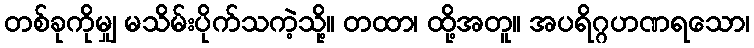
တစ်ခုကိုမျှ မသိမ်းပိုက်သကဲ့သို့။ တထာ၊ ထို့အတူ။ အပရိဂ္ဂဟဏရသော၊